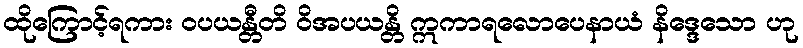
ထိုကြောင့်ရကား ဝပယန္တီတိ ဝိအပယန္တိ ဣကာရလောပေနာယံ နိဒ္ဒေသော ဟု